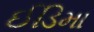
ઈડિમા